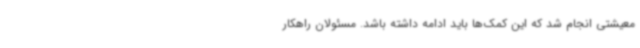
معیشتی انجام شد که این کمک‌ها باید ادامه داشته باشد. مسئولان راهکار